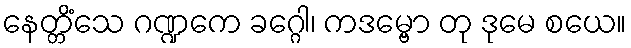
နေတ္တိံသေ ဂဏ္ဍကေ ခဂ္ဂေါ၊ ကဒမ္ဗော တု ဒုမေ စယေ။